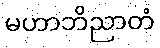
မဟာဘိညာတံ